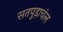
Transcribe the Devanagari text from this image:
सतपुड़ाचंल